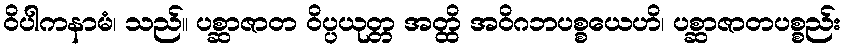
ဝိပါကနာမံ၊ သည်။ ပစ္ဆာဇာတ ဝိပ္ပယုတ္တ အတ္ထိ အဝိဂဘပစ္စယေဟိ၊ ပစ္ဆာဇာတပစ္စည်း